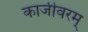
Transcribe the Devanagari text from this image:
काजीवरम्